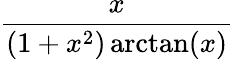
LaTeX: \frac{x}{(1+x^{2})\arctan(x)}